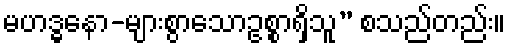
မဟဒ္ဓနော-များစွာသောဥစ္စာရှိသူ” စသည်တည်း။